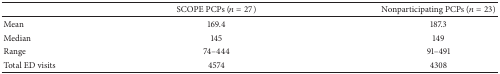
<table><thead><tr><td><b> </b></td><td><b>SCOPE PCPs (<i>n</i> = 27)</b></td><td><b>Nonparticipating PCPs (<i>n</i> = 23)</b></td></tr></thead><tbody><tr><td>Mean</td><td>169.4</td><td>187.3</td></tr><tr><td>Median</td><td>145</td><td>149</td></tr><tr><td>Range</td><td>74–444</td><td>91–491</td></tr><tr><td>Total ED visits</td><td>4574</td><td>4308</td></tr></tbody></table>